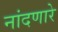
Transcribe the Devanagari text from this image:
नांदणारे